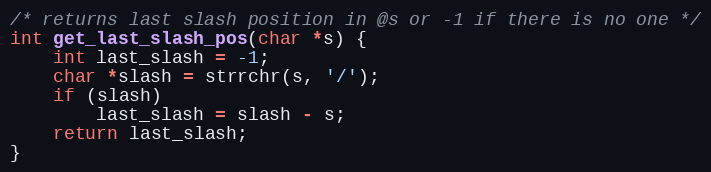
Language: C++
/* returns last slash position in @s or -1 if there is no one */
int get_last_slash_pos(char *s) {
    int last_slash = -1;
    char *slash = strrchr(s, '/');
    if (slash)
        last_slash = slash - s;
    return last_slash;
}